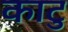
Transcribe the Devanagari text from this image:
काटु